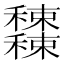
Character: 𥤕